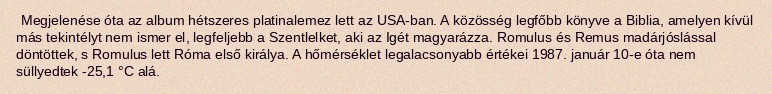
Megjelenése óta az album hétszeres platinalemez lett az USA-ban. A közösség legfőbb könyve a Biblia, amelyen kívül más tekintélyt nem ismer el, legfeljebb a Szentlelket, aki az Igét magyarázza. Romulus és Remus madárjóslással döntöttek, s Romulus lett Róma első királya. A hőmérséklet legalacsonyabb értékei 1987. január 10-e óta nem süllyedtek -25,1 °C alá.